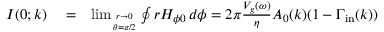
\begin{array} { r l r } { I ( 0 ; k ) } & { { } = } & { \operatorname* { l i m } _ { r \to 0 \atop \theta = \pi / 2 } \oint r H _ { \phi 0 } \, d \phi = 2 \pi \frac { V _ { g } ( \omega ) } { \eta } A _ { 0 } ( k ) ( 1 - \Gamma _ { \mathrm { i n } } ( k ) ) } \end{array}